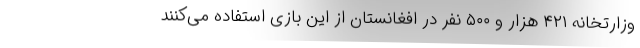
وزارتخانه ۴۲۱ هزار و ۵۰۰ نفر در افغانستان از این بازی استفاده می‌کنند